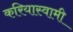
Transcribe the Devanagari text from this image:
करियास्वामी